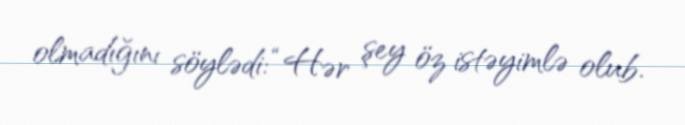
olmadığını söylədi: “Hər şey öz istəyimlə olub.